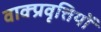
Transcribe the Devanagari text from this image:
वाक्प्रवृत्तियों